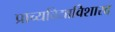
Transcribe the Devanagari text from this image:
प्राच्यविद्याविशारद